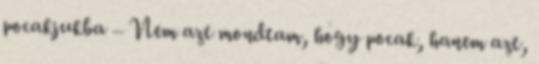
pocakjukba – Nem azt mondtam, hogy pocak, hanem azt,